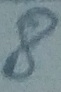
Text: 8